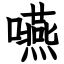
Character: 嚥